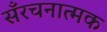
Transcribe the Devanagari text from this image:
सँरचनात्मक